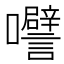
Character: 𭍅